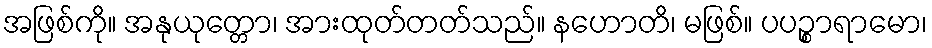
အဖြစ်ကို။ အနုယုတ္တော၊ အားထုတ်တတ်သည်။ နဟောတိ၊ မဖြစ်။ ပပဉ္စာရာမော၊